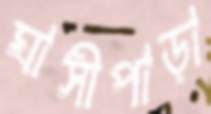
ঘাসীপাড়া